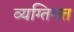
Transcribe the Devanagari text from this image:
व्यग्तिगत